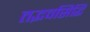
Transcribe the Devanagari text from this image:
तद्भवसिद्धि